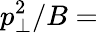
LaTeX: p_{\bot}^{2}/B=